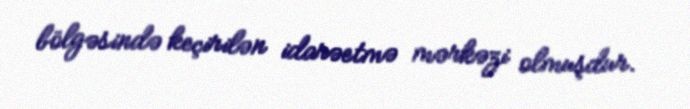
bölgəsində keçirilən idarəetmə mərkəzi olmuşdur.